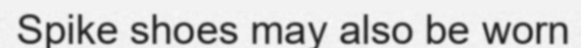
Spike shoes may also be worn